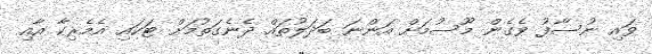
ވައި ނުސާފު ވެގެން މޫސުމަށް އަންނަ ބަދަލުތައް ދެނެގަތުމަށް ޓަކައި އެމެރިކާ އާއި